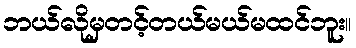
ဘယ်လိုမှတင့်တယ်မယ်မထင်ဘူး။